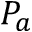
P _ { a }